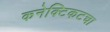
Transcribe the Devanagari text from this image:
कनेक्टिकटचा